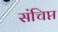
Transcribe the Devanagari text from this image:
संचिप्त